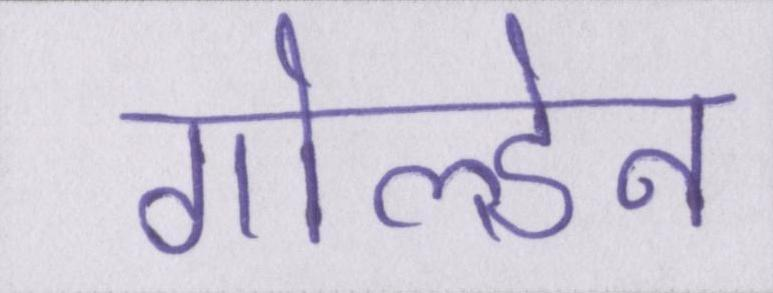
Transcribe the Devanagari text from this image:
गोल्डेन